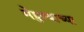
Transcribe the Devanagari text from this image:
मेहुण्याच्या